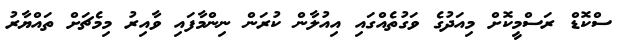
ސްކޮޑް ރަސްމީކޮށް މިއަދުގެ ވަގުތެއްގައި އިއުލާން ކުރަން ނިންމާފައި ވާއިރު މިމެޗަށް ތައްޔާރު